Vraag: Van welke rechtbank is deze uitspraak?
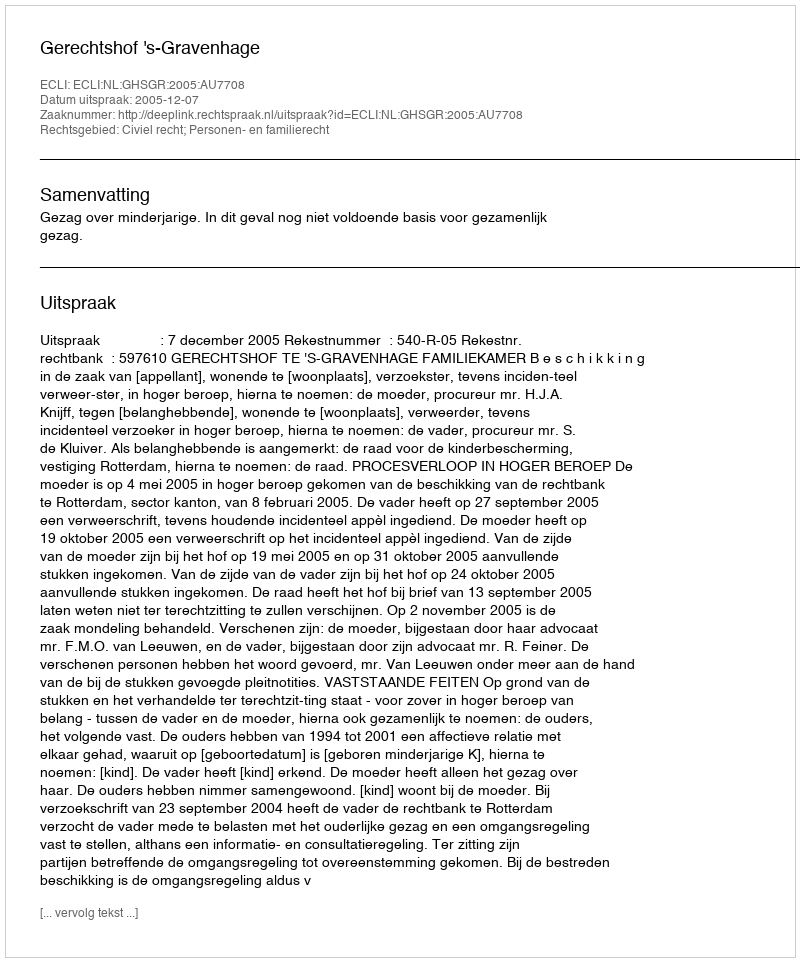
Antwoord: Gerechtshof 's-Gravenhage